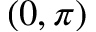
( 0 , \pi )